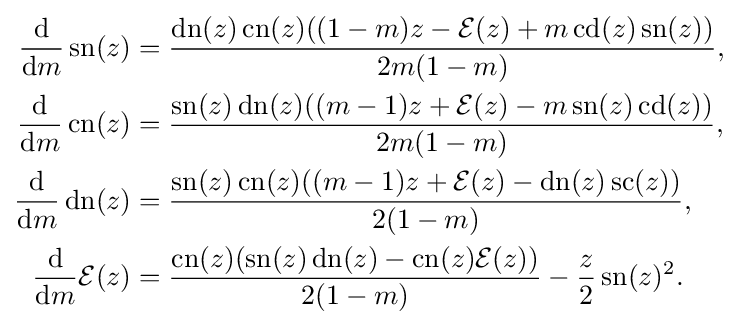
{\begin{aligned}{\frac {\mathrm {d} }{\mathrm {d} m}}\operatorname {sn} (z)&={\frac {\operatorname {dn} (z)\operatorname {cn} (z)((1-m)z-{\mathcal {E}}(z)+m\operatorname {cd} (z)\operatorname {sn} (z))}{2m(1-m)}},\\{\frac {\mathrm {d} }{\mathrm {d} m}}\operatorname {cn} (z)&={\frac {\operatorname {sn} (z)\operatorname {dn} (z)((m-1)z+{\mathcal {E}}(z)-m\operatorname {sn} (z)\operatorname {cd} (z))}{2m(1-m)}},\\{\frac {\mathrm {d} }{\mathrm {d} m}}\operatorname {dn} (z)&={\frac {\operatorname {sn} (z)\operatorname {cn} (z)((m-1)z+{\mathcal {E}}(z)-\operatorname {dn} (z)\operatorname {sc} (z))}{2(1-m)}},\\{\frac {\mathrm {d} }{\mathrm {d} m}}{\mathcal {E}}(z)&={\frac {\operatorname {cn} (z)(\operatorname {sn} (z)\operatorname {dn} (z)-\operatorname {cn} (z){\mathcal {E}}(z))}{2(1-m)}}-{\frac {z}{2}}\operatorname {sn} (z)^{2}.\end{aligned}}